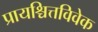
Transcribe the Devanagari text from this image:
प्रायश्चित्तविवेक